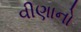
વીણાનો